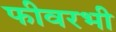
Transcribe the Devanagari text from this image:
फीवरभी